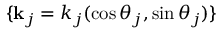
\{ \mathbf { k } _ { j } = k _ { j } ( \cos \theta _ { j } , \sin \theta _ { j } ) \}